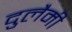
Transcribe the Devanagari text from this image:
दुलैमी